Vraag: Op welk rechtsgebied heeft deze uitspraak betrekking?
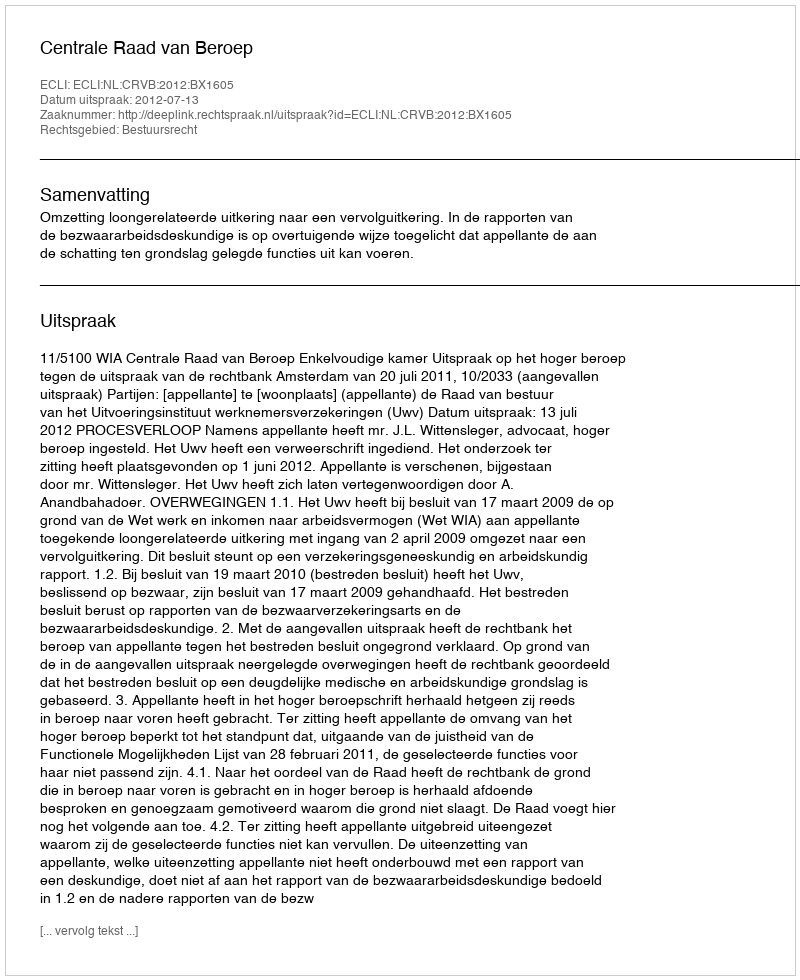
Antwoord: Bestuursrecht